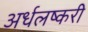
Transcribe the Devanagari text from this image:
अर्धलष्करी